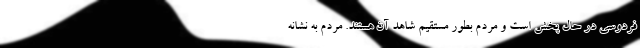
فردوسی در حال پخش است و مردم بطور مستقیم شاهد آن هستند. مردم به نشانه